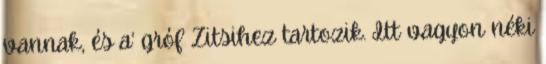
vannak, és a’ gróf Zitsihez tartozik. Itt vagyon néki